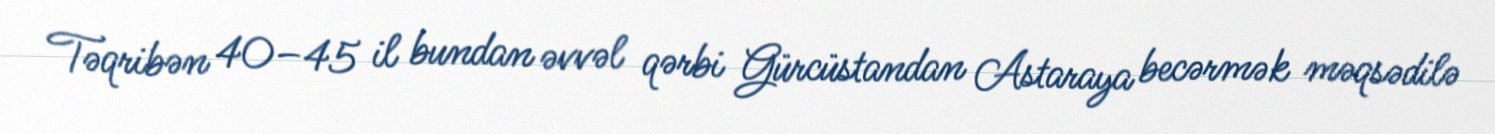
Təqribən 40–45 il bundan əvvəl qərbi Gürcüstandan Astaraya becərmək məqsədilə